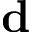
\mathbf { d }